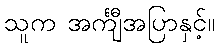
သူက အင်္ကျီအပြာနှင့်။